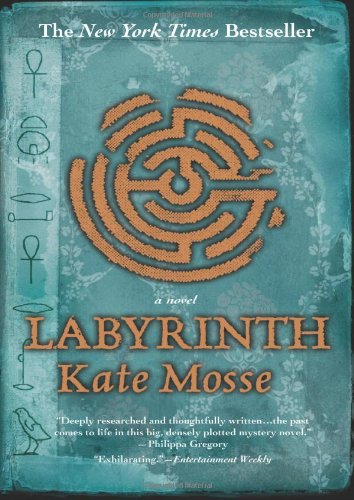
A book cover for Labyrinth; Kate Mosse; Romance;